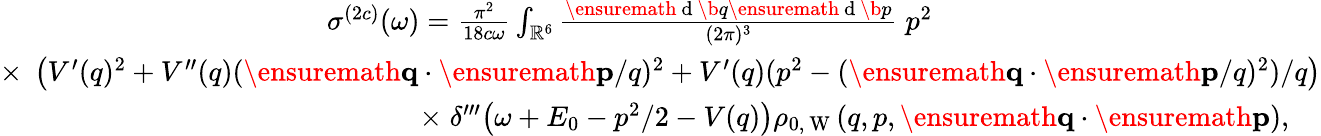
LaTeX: \begin{array}{r}{\sigma^{(2c)}(\omega)=\frac{\pi^{2}}{18c\omega}\int_{\mathbb{R}^{6}}\frac{\ensuremath{\mathrm{~d~}}\b{q}\ensuremath{\mathrm{~d~}}\b{p}}{(2\pi)^{3}}\; p^{2}\phantom{xxxxxxxxxxxxxxxxxxxxxxxx}}\\ {\times\; \left(V^{\prime}(q)^{2}+V^{\prime\prime}(q)(\ensuremath{\mathbf{q}}\cdot\ensuremath{\mathbf{p}}/q)^{2}+V^{\prime}(q)(p^{2}-(\ensuremath{\mathbf{q}}\cdot\ensuremath{\mathbf{p}}/q)^{2})/q\right)}\\ {\times\; \delta^{\prime\prime\prime}\! \left(\omega+E_{0}-p^{2}/2-V(q)\right)\rho_{0,\mathrm{~W~}}(q,p,\ensuremath{\mathbf{q}}\cdot\ensuremath{\mathbf{p}}),\; \; \; \; }\end{array}